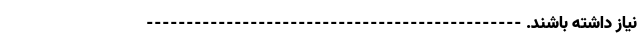
نیاز داشته باشند. -----------------------------------------------